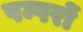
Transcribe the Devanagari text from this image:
पम्परों